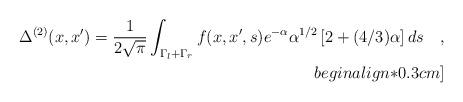
LaTeX: \begin{align*}\Delta^{(2)}(x,x') =\frac{1}{2\sqrt{\pi}}\int_{\Gamma_l+\Gamma_r}f(x,x',s) e^{-\alpha} \alpha^{1/2}\left[2 +(4/3)\alpha\right]ds \quad , \\begin{align*}0.3cm]\end{align*}